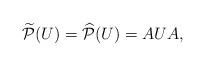
LaTeX: \begin{align*}\widetilde{\mathcal{P}}(U) = \widehat{\mathcal{P}}(U) = AUA,\end{align*}